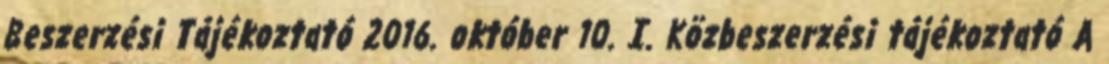
Beszerzési Tájékoztató 2016. október 10. I. Közbeszerzési tájékoztató A